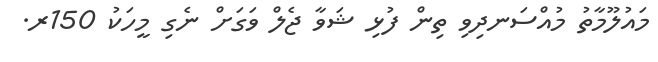
މައުލޫމާތު މުއްސަނދިވި ތިން ފުޅި ޝަވާ ޖެލް ވަގަށް ނެގި މީހަކު 150ރ.